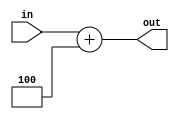
module add4 (
input [31:0] in ,
output [31:0] out
);

assign out = in + 4 ;

endmodule